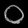
Digit: ၀